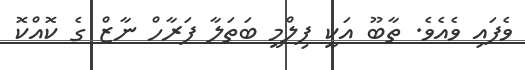
ވެފައި ވެއެވެ. ތާބޫ އަކީ ފިލްމީ ބަތަލާ ފަރާހް ނާޒް ގެ ކޮއްކޮ